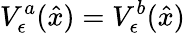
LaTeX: V_{\epsilon}^{a}(\hat{x})=V_{\epsilon}^{b}(\hat{x})